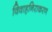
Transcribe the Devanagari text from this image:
विवाहनिराकरण